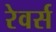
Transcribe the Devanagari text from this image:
रेवर्स